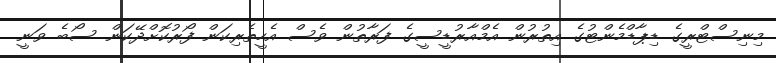
މިނިސްޓްރީގެ ޑިޕާޑްމެންޓުގެ އިތުރުން އެމްއާރުޑީސީގެ ފަރާތުން ވެސް އެހީތެރިކަން ފޯރުކޮށްދޭކަން ސޯބެ ވަނީ